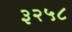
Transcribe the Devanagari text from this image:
३२५८